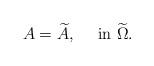
LaTeX: \begin{align*}A=\widetilde{A},\quad\mbox{ in }\widetilde{\Omega}.\end{align*}